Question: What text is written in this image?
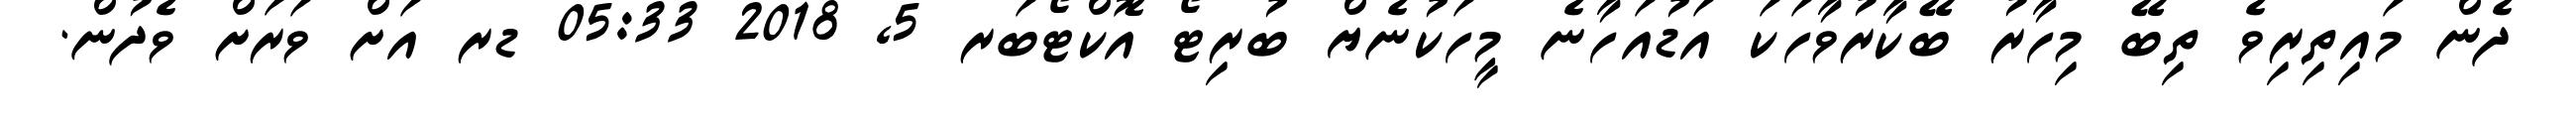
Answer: ދެން މައިތިރިވެ ތިބޭ މިހާރު ބޭކާރުވާހަކަ އަޑުއަހާނެ މީހަކުނެޔް ބުރިޓޯ އޮކްޓޯބަރ 5, 2018 05:33 ޑރ އަށް ވަރަށް ވެދުން.